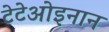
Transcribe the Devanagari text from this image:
टेटेओइनान